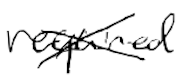
Text: required
Cross-out: cross
Writing tool: digital_black